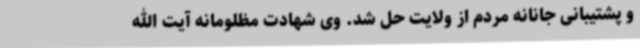
و پشتیبانی جانانه مردم از ولایت حل شد. وی شهادت مظلومانه آیت الله